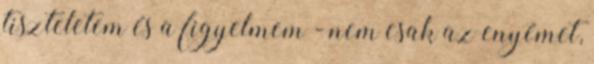
tiszteletem és a figyelmem - nem csak az enyémet,